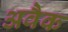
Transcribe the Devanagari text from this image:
अवैक